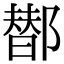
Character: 䣠